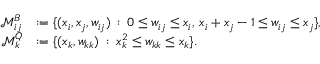
\begin{array} { r l } { \mathcal { M } _ { i j } ^ { B } } & { : = \{ ( x _ { i } , x _ { j } , w _ { i j } ) \: : \: 0 \leq w _ { i j } \leq x _ { i } , \: x _ { i } + x _ { j } - 1 \leq w _ { i j } \leq x _ { j } \} , } \\ { \mathcal { M } _ { k } ^ { Q } } & { : = \{ ( x _ { k } , w _ { k k } ) \: : \: x _ { k } ^ { 2 } \leq w _ { k k } \leq x _ { k } \} . } \end{array}